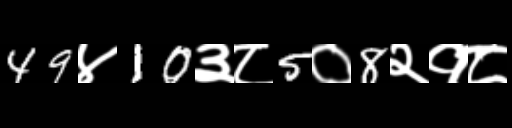
Text: 49४10३८5०8२१८